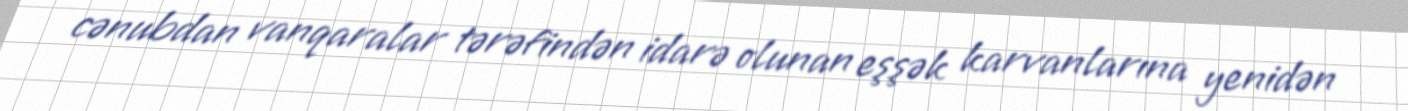
cənubdan vanqaralar tərəfindən idarə olunan eşşək karvanlarına yenidən